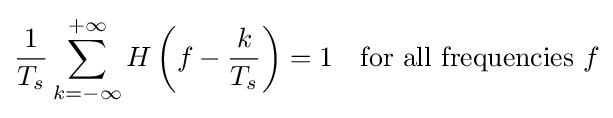
{\frac {1}{T_{s}}}\sum _{k=-\infty }^{+\infty }H\left(f-{\frac {k}{T_{s}}}\right)=1\quad {\text{for all frequencies }}f